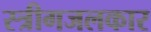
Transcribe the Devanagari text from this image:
स्त्रीगजलकार